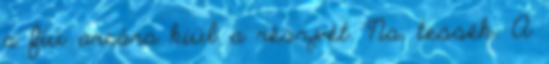
a fiú arcára kiül a részvét. Na, tessék. A